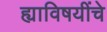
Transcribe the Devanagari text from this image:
ह्याविषयींचे